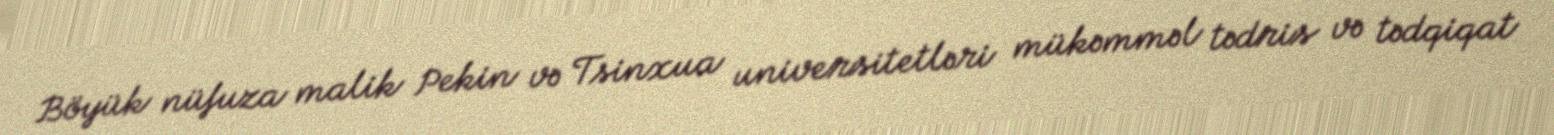
Böyük nüfuza malik Pekin və Tsinxua universitetləri mükəmməl tədris və tədqiqat